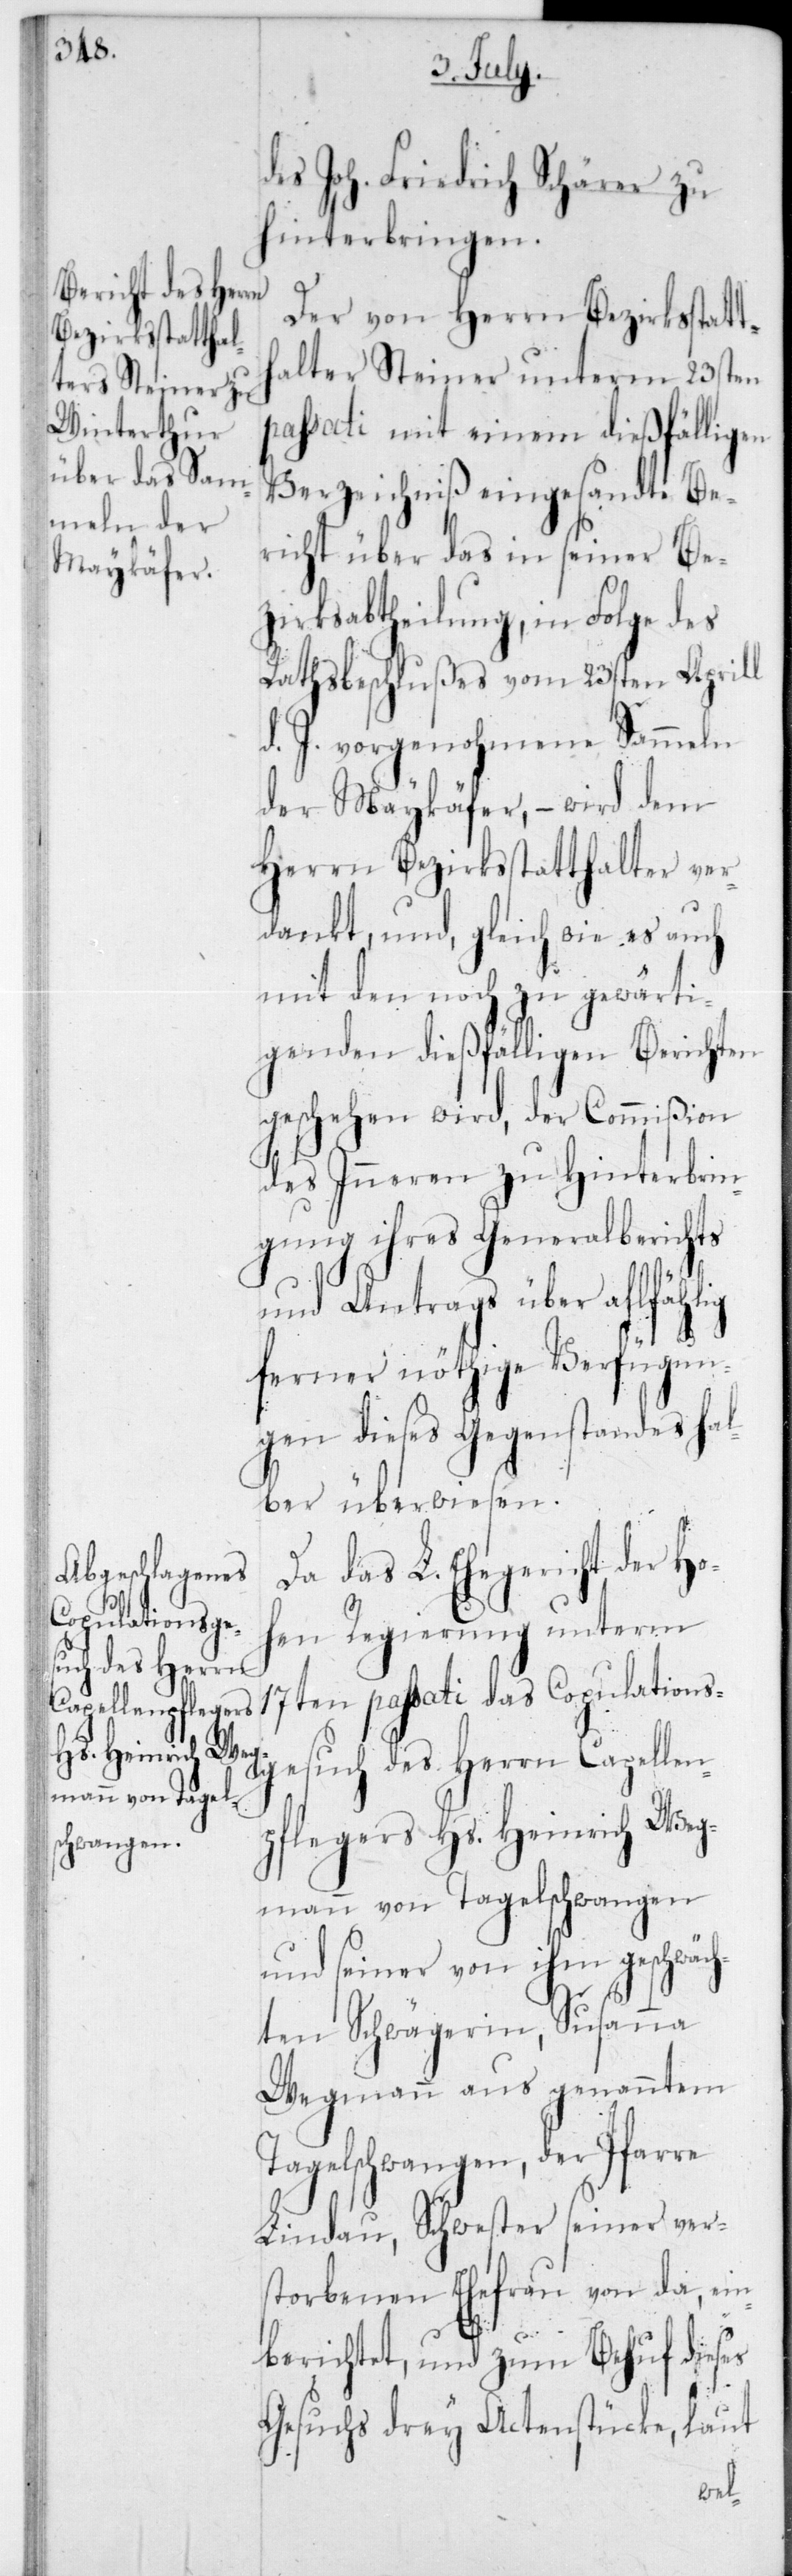
des Joh. Friedrich Schärer zu
hinterbringen.
Der von Herrn Bezirksstatt¬
halter Steiner unterm 23sten
passati mit einem dießfälligen
Verzeichniß eingesandte Be¬
richt über das in seiner Be¬
zirksabtheilung, in Folge des
Rathsbeschlußes vom 23sten Aprill
d. J. vorgenohmene Sammeln
der Maykäfer, – wird dem
Herrn Bezirksstatthalter ver¬
dankt, und, gleich wie es auch
mit den nach zu gewärti¬
genden dießfälligen Berichten
geschehen wird, der Commißion
des Inneren zu Hinterbrin¬
gung ihres Generalberichts
und Antrags über allfählig
ferner nöthige Verfügun¬
gen dieses Gegenstandes hal¬
ber überwiesen.
Da das L. Ehegericht der Ho¬
hen Regierung unterm
17ten passati das Copulations¬
gesuch des Herrn Capellen¬
pflegers Hs. Heinrich Weg¬
mann von Tagelschwangen
und seiner von ihm geschwäc¬
hten Schwägerin, Susanna
Wegmann aus genanntem
Tagelschwangen, der Pfarre
Lindau, Schwester seiner ver¬
storbenen Ehefrau von da, ein¬
berichtet, und zum Behuf dieses
Gesuchs drey Actenstücke, laut